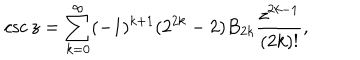
LaTeX: \csc z = \sum _ { k = 0 } ^ { \infty } ( - 1 ) ^ { k + 1 } ( 2 ^ { 2 k } - 2 ) B _ { 2 k } { \frac { z ^ { 2 k - 1 } } { ( 2 k ) ! } } ,